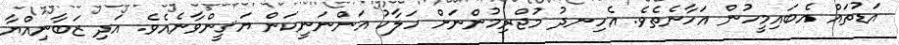
އަޑުތައް އެބައިމީހުން އަހާނެތެވެ. އެހިނދު މުޖްރިމުންނަށް ހަލާކު އަންނަނީކަން ޔަޤީންވާނެއެވެ. އަދި ޒަބާނިއްޔާ